Report on vaccination North-West Frontier Province 1904-1922 - 1904-1922
Year: 1904
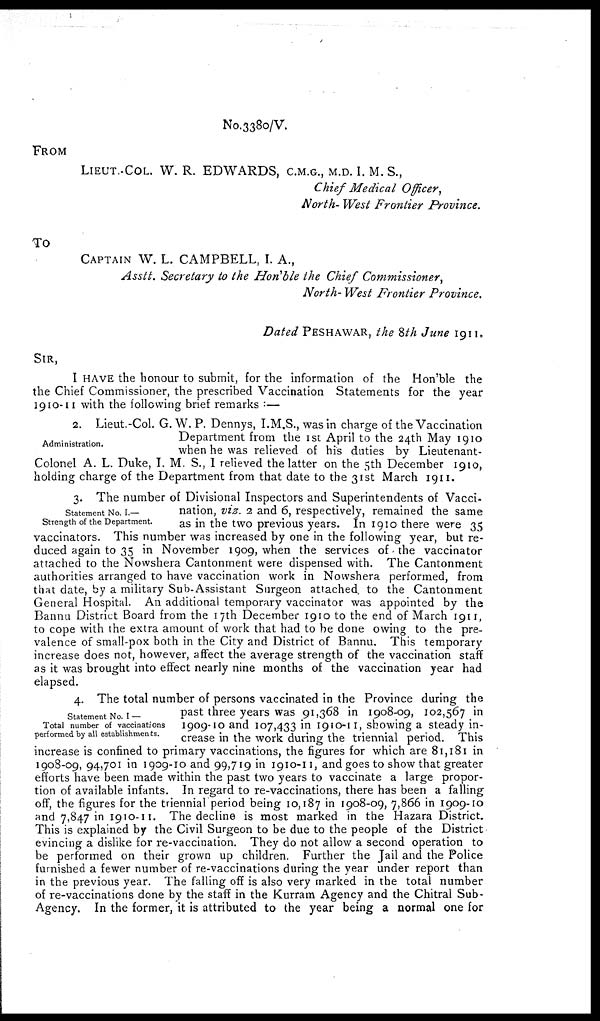
No.3380/V.
FROM
LIEUT.-COL. W. R. EDWARDS, C.M.G., M.D. I. M. S.,
Chief Medical Officer,
North- West Frontier Province.
To
CAPTAIN W. L. CAMPBELL, I. A.,
Asstt. Secretary to the Hon'ble the Chief Commissioner,
North-West Frontier Province.
Dated PESHAWAR, the 8th June 1911.
SIR,
I HAVE the honour to submit, for the information of the Hon'ble the
the Chief Commissioner, the prescribed Vaccination Statements for the year
1910-11 with the following brief remarks :—
Administration.
2. Lieut.-Col. G. W. P. Dennys, I.M.S., was in charge of the Vaccination
Department from the 1st April to the 24th May 1910
when he was relieved of his duties by Lieutenant-
Colonel A. L. Duke, I. M. S., I relieved the latter on the 5th December 1910,
holding charge of the Department from that date to the 31st March 1911.
Statement No. I.—
Strength of the Department.
3. The number of Divisional Inspectors and Superintendents of Vacci-
nation, viz. 2 and 6, respectively, remained the same
as in the two previous years. In 1910 there were 35
vaccinators. This number was increased by one in the following year, but re-
duced again to 35 in November 1909, when the services of the vaccinator
attached to the Nowshera Cantonment were dispensed with. The Cantonment
authorities arranged to have vaccination work in Nowshera performed, from
that date, by a military Sub-Assistant Surgeon attached, to the Cantonment
General Hospital. An additional temporary vaccinator was appointed by the
Bannu District Board from the 17th December 1910 to the end of March 1911,
to cope with the extra amount of work that had to be done owing to the pre-
valence of small-pox both in the City and District of Bannu. This temporary
increase does not, however, affect the average strength of the vaccination staff
as it was brought into effect nearly nine months of the vaccination year had
elapsed.
Statement No. I —
Total number of vaccinations
performed by all establishments.
4. The total number of persons vaccinated in the Province during the
past three years was 91,368 in 1908-09, 102,567 in
1909-10 and 107,433 in 1910-11, showing a steady in-
crease in the work during the triennial period. This
increase is confined to primary vaccinations, the figures for which are 81,181 in
1908-09, 94,701 in 1909-10 and 99,719 in 1910-11, and goes to show that greater
efforts have been made within the past two years to vaccinate a large propor-
tion of available infants. In regard to re-vaccinations, there has been a falling
off, the figures for the triennial period being 10,187 in 1908-09, 7,866 in 1909-10
and 7,847 in 1910-11. The decline is most marked in the Hazara District.
This is explained by the Civil Surgeon to be due to the people of the District
evincing a dislike for re-vaccination. They do not allow a second operation to
be performed on their grown up children. Further the Jail and the Police
furnished a fewer number of re-vaccinations during the year under report than
in the previous year. The falling off is also very marked in the total number
of re-vaccinations done by the staff in the Kurram Agency and the Chitral Sub¬
Agency. In the former, it is attributed to the year being a normal one for